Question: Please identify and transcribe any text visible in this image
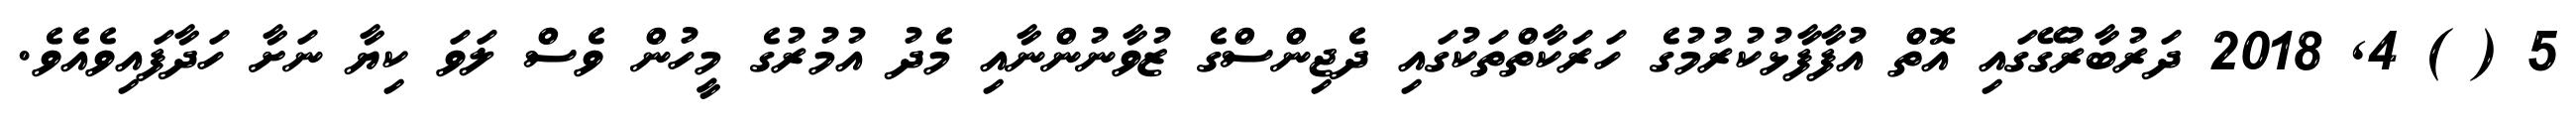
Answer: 5 ( ) 4, 2018 ދަރުބާރުގޭގައި އޮތް އުފާފާޅުކުރުމުގެ ހަރަކާތްތަކުގައި ދެޖިންސްގެ ޒުވާނުންނާއި މެދު އުމުރުގެ މީހުން ވެސް ލަވަ ކިޔާ ނަށާ ހަދާފައިވެއެވެ.